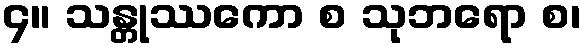
၄။ သန္တုဿကော စ သုဘရော စ၊